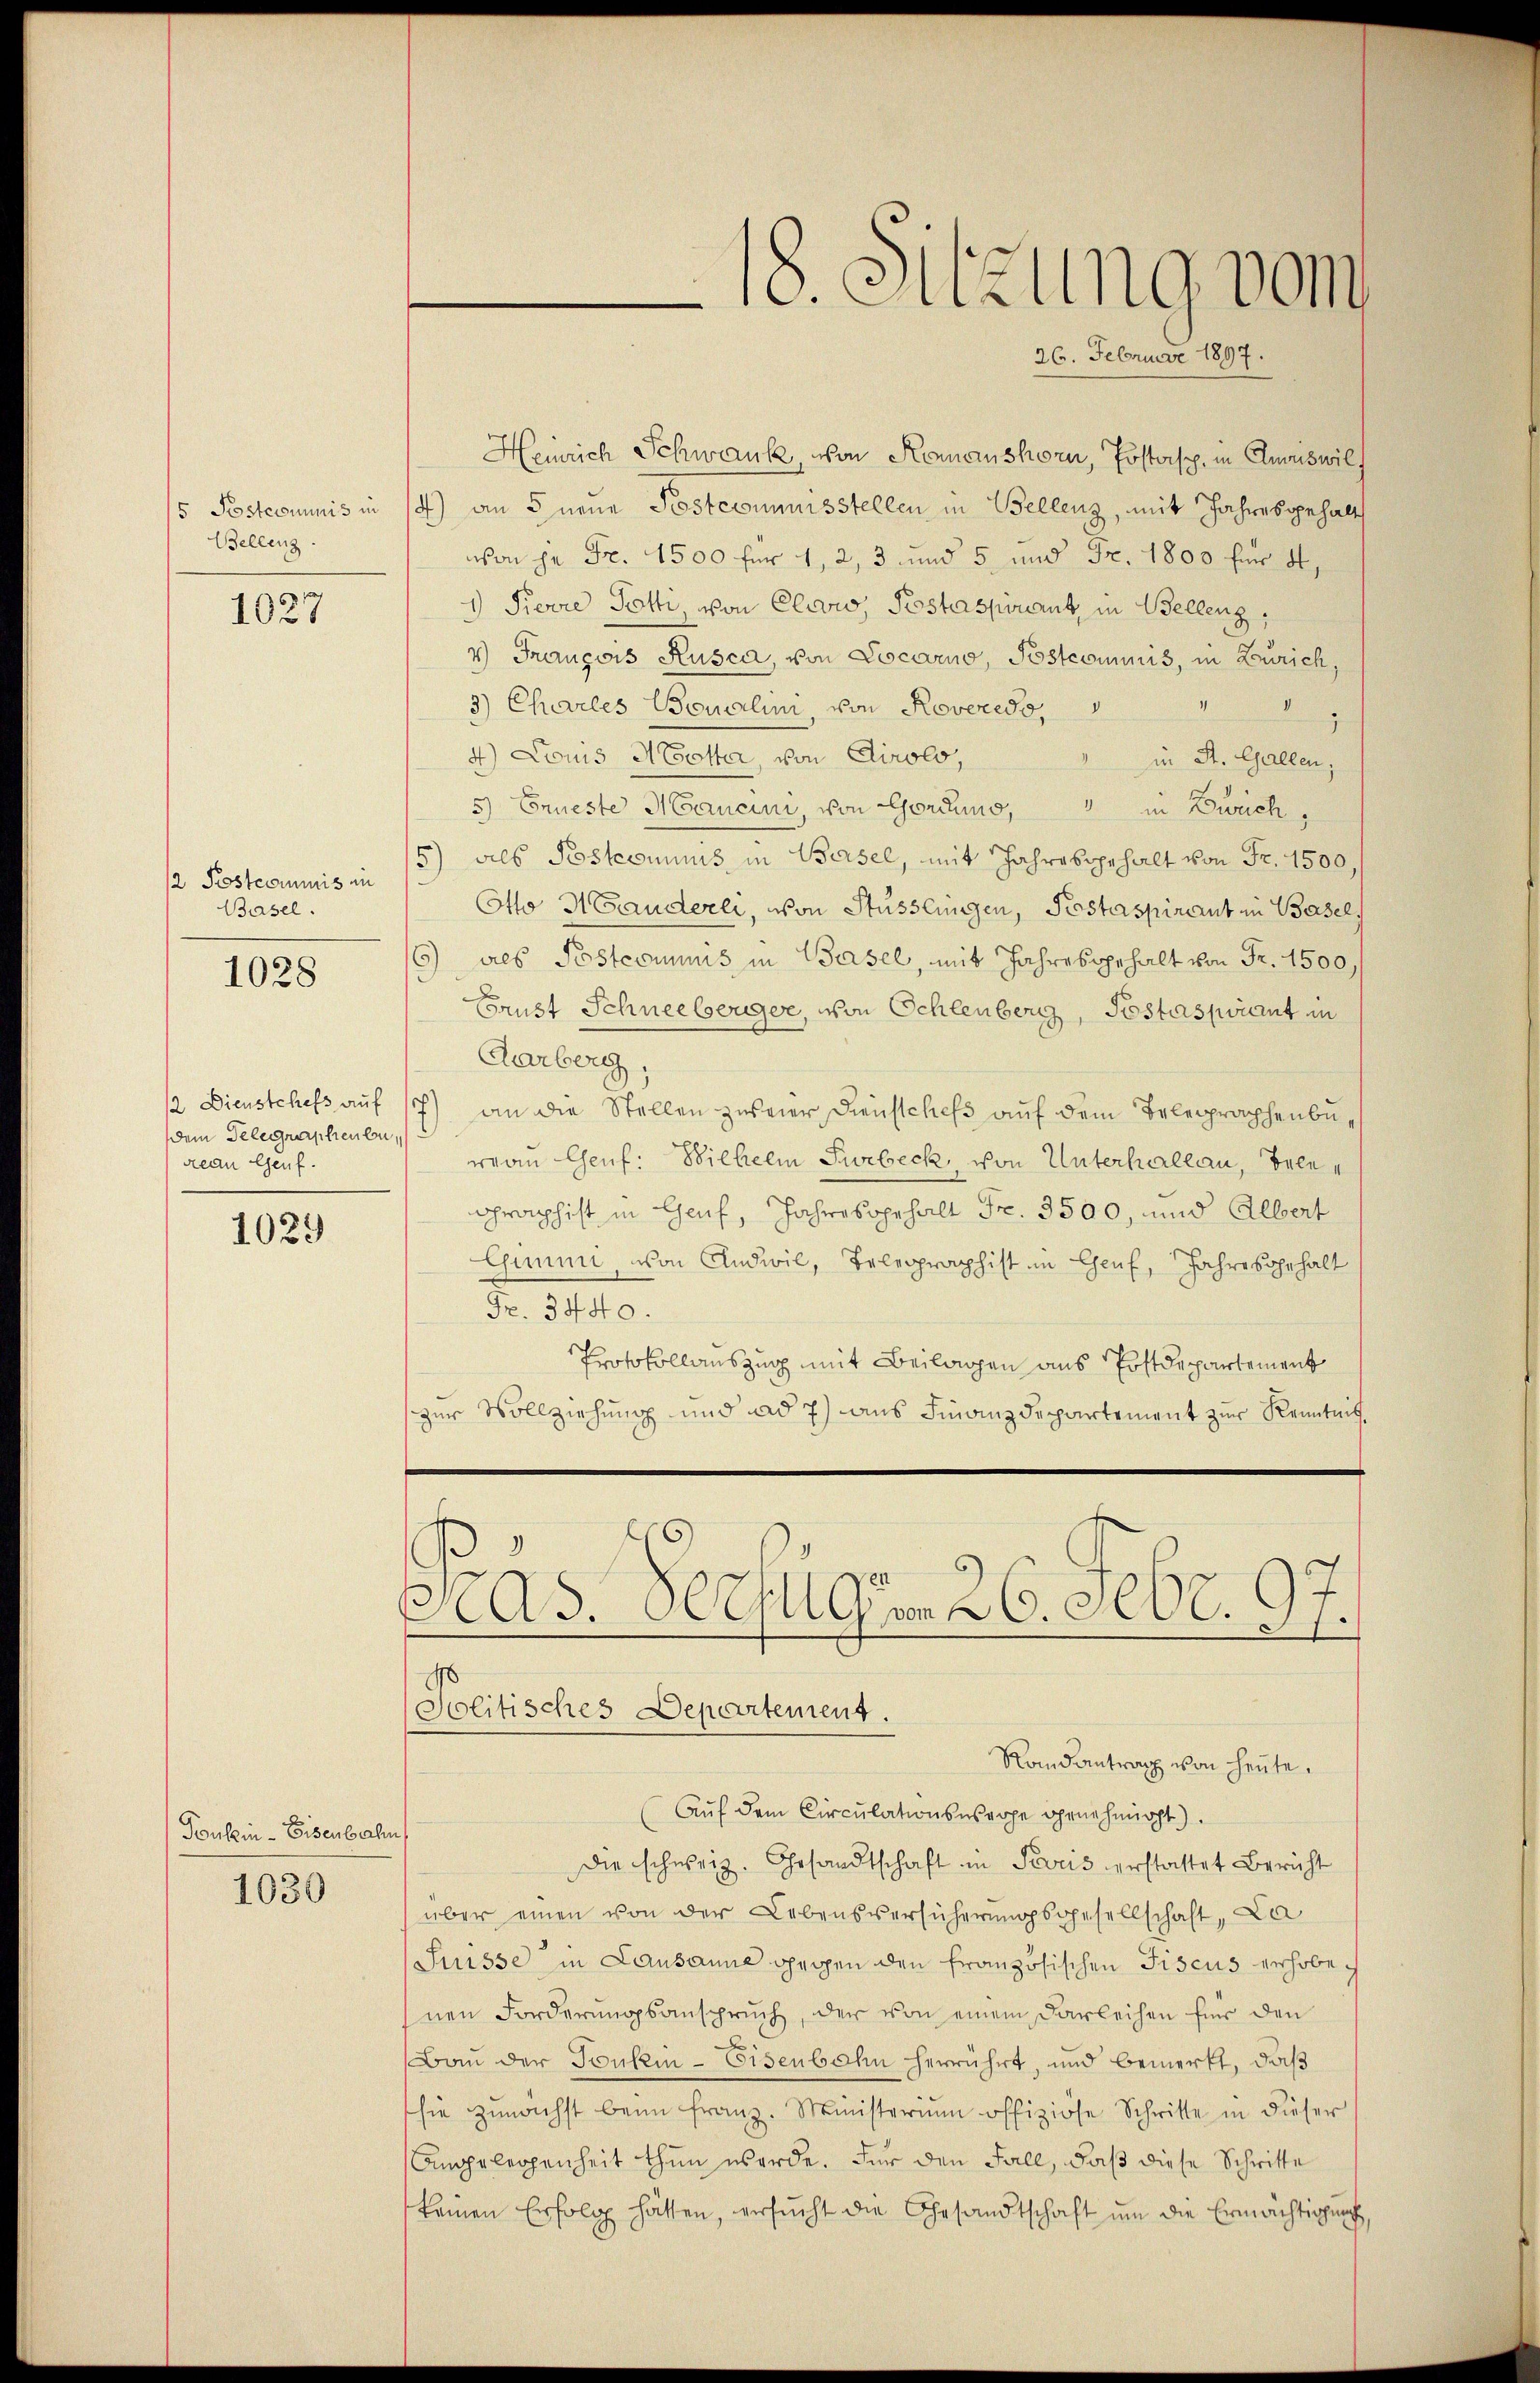
5 Postcommis in
Bellenz

1037

/2 Postcommis in
Basel.
1028

dem Gelegraphenbu
rean Genf.

1039

Tonkin-Eisenbahn

1030

Heinrich Schwank, von Komanshorn, Postasp. in Anweis will
4) an 5 neue Postcommisstellen in Bellenz, mit Jahresgehalt
von je Fr. 1500 für 1, 2, 3 und 5 und Fr. 1800 für 4,
1) Pierre Totti, von Cerow, Pestassonant, in Bellenz,
4) François Rusca, von Locarno, Postcommis, in Zürich,
3) Charles Bonalini, von Roveredo, " " "
4) Louis Motter, von Airolo,
in St. Gallen,
5) Erneste Mancini, von Gordhio, in Zweich,
5) als Posteriums in Basel, mit Jahre begehalt von Fr. 1500,
Otto H Gauderli, von Stüsslingen, Pestaspirant in Basels
6) des Postcommis in Basel, mit Jahresgehalt von Fr. 1500
Crust Schneeberger, von Schlenberg, Postaspirant in
Aarberg,
12. Dienstchefs aŭf 17) an die Stellen zweier Dienstchefs auf dem Belegraphenbuwrau Genf. Wilhelm Surbeck, von Unterhallau, Belegraphist in Genf, Jahresgehalt Fr. 3500, und Albert
Gummi, von Andwil, Telegraphist in Genf, Jahresgehalt
Fr. 3440.
Protokollauszug mit Beilagen aus Postdepartement
zur Vollziehung und ad 7) aus Finanzdepartement zur Kenntnis
Pras. Verfügen 26. Febr. 97.
Politisches Departement.
Randantrag von heute.
Auf dem Circulationssache genehmigt.
die schweiz. Gesandtschaft in Paris erstattet Bericht
über einen von der Lebensversicherŭngsgesellschaft, La
Suisse in Lausanne gegen den französischen Fiscus erhobehnen Forderungsanspruch, der von einem Darleihen für den
Bau der Tonkin-Eisenbahn herrührt, und bemerkt, daß
sie zunächst beim Franz. Ministerium offiziöse Schritte in dieser
Angelegenheit thun werde. Für den Fall, daß diese Schritte
keinen Erfolg hätten, ersŭcht die Gesandtschaft um die Ermächtigung,

18. Sitzung vom
26. Februar 1897.